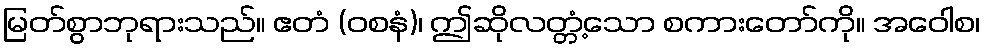
မြတ်စွာဘုရားသည်။ ဧတံ (ဝစနံ)၊ ဤဆိုလတ္တံ့သော စကားတော်ကို။ အဝေါစ၊